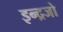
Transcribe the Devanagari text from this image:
इन्द्रजो